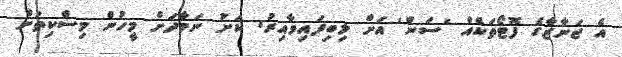
އެ ޖަނާޒާގެ ފޮޓޯތަކެއް 'ސަން' އަށް ލިބިފައިވާއިރު